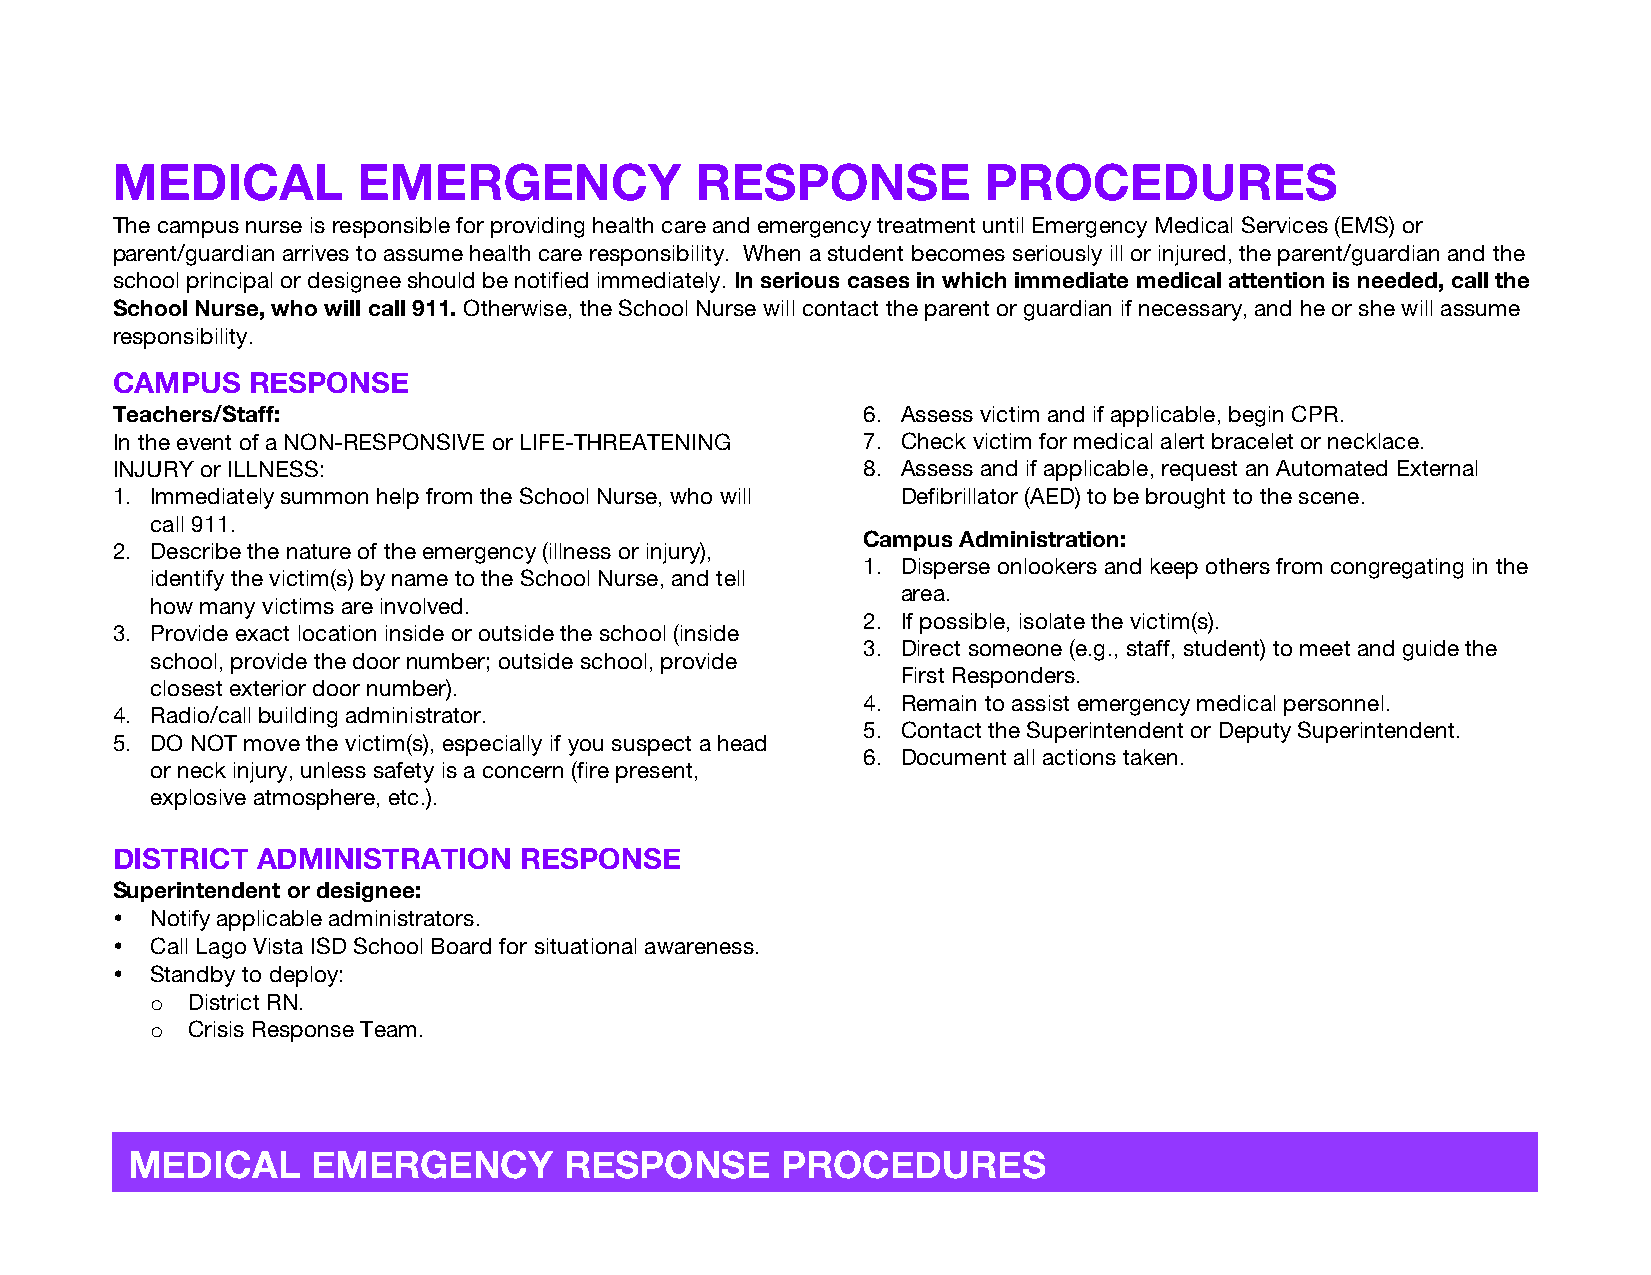
MEDICAL          EMERGENCY             RESPONSE           PROCEDURES
 The campus nurse is responsible for providing health care and emergency treatment until Emergency Medical Services (EMS) or
 parent/guardian arrives to assume health care responsibility. When a student becomes seriously ill or injured, the parent/guardian and the
 school principal or designee should be notified immediately. In serious cases in which immediate medical attention is needed, call the
 School Nurse, who will call 911. Otherwise, the School Nurse will contact the parent or guardian if necessary, and he or she will assume
 responsibility.
 CAMPUS   RESPONSE
 Teachers/Staff:                                   6. Assess victim and if applicable, begin CPR.
 In the event of a NON-RESPONSIVE or LIFE-THREATENING 7. Check victim for medical alert bracelet or necklace.
 INJURY or ILLNESS:                                8. Assess and if applicable, request an Automated External
 1. Immediately summon help from the School Nurse, who will Defibrillator (AED) to be brought to the scene.
 call 911.
 Campus Administration:
 2. Describe the nature of the emergency (illness or injury),
 1. Disperse onlookers and keep others from congregating in the
 identify the victim(s) by name to the School Nurse, and tell
 area.
 how many victims are involved.
 2. If possible, isolate the victim(s).
 3. Provide exact location inside or outside the school (inside
 3. Direct someone (e.g., staff, student) to meet and guide the
 school, provide the door number; outside school, provide
 First Responders.
 closest exterior door number).
 4. Remain to assist emergency medical personnel.
 4. Radio/call building administrator.
 5. Contact the Superintendent or Deputy Superintendent.
 5. DO NOT move the victim(s), especially if you suspect a head
 6. Document all actions taken.
 or neck injury, unless safety is a concern (fire present,
 explosive atmosphere, etc.).
 DISTRICT  ADMINISTRATION   RESPONSE
 Superintendent or designee:
 •  Notify applicable administrators.
 •  Call Lago Vista ISD School Board for situational awareness.
 •  Standby to deploy:
 o District RN.
 o Crisis Response Team.
 MEDICAL      EMERGENCY       RESPONSE       PROCEDURES